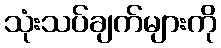
သုံးသပ်ချက်များကို